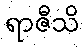
ရာဇီသိ